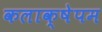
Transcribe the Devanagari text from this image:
कलाक्षेपम